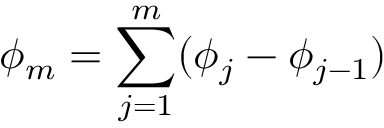
\phi _ { m } = \sum _ { j = 1 } ^ { m } ( \phi _ { j } - \phi _ { j - 1 } )